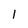
Character: 1